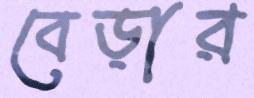
বেড়ার